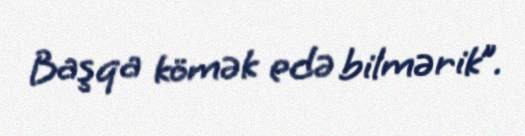
Başqa kömək edə bilmərik”.